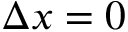
\Delta x = 0